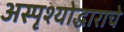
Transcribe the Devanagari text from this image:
अस्पृश्योद्धाराचे